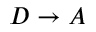
D \rightarrow A